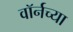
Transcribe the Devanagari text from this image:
वॉर्नच्या